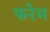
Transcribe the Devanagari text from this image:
फरेम